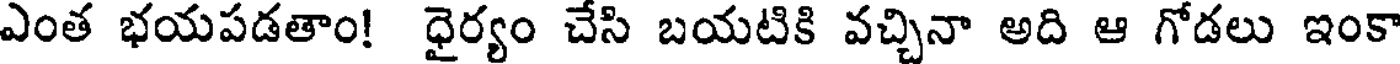
ఎంత భయపడతాం! ధైర్యం చేసి బయటికి వచ్చినా అది ఆ గోడలు ఇంకా